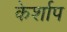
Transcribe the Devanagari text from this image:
केर्शाप